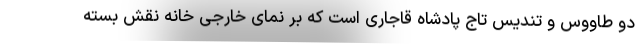
دو طاووس و تندیس تاج پادشاه قاجاری است که بر نمای خارجی خانه نقش بسته